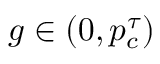
g \in ( 0 , p _ { c } ^ { \tau } )